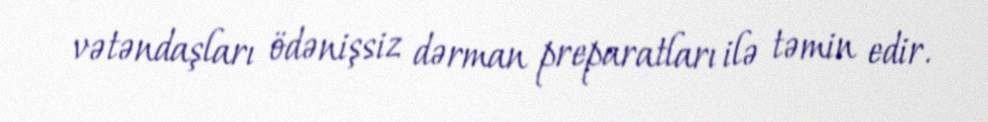
vətəndaşları ödənişsiz dərman preparatları ilə təmin edir.